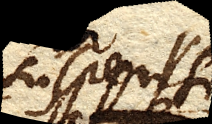
suspensi